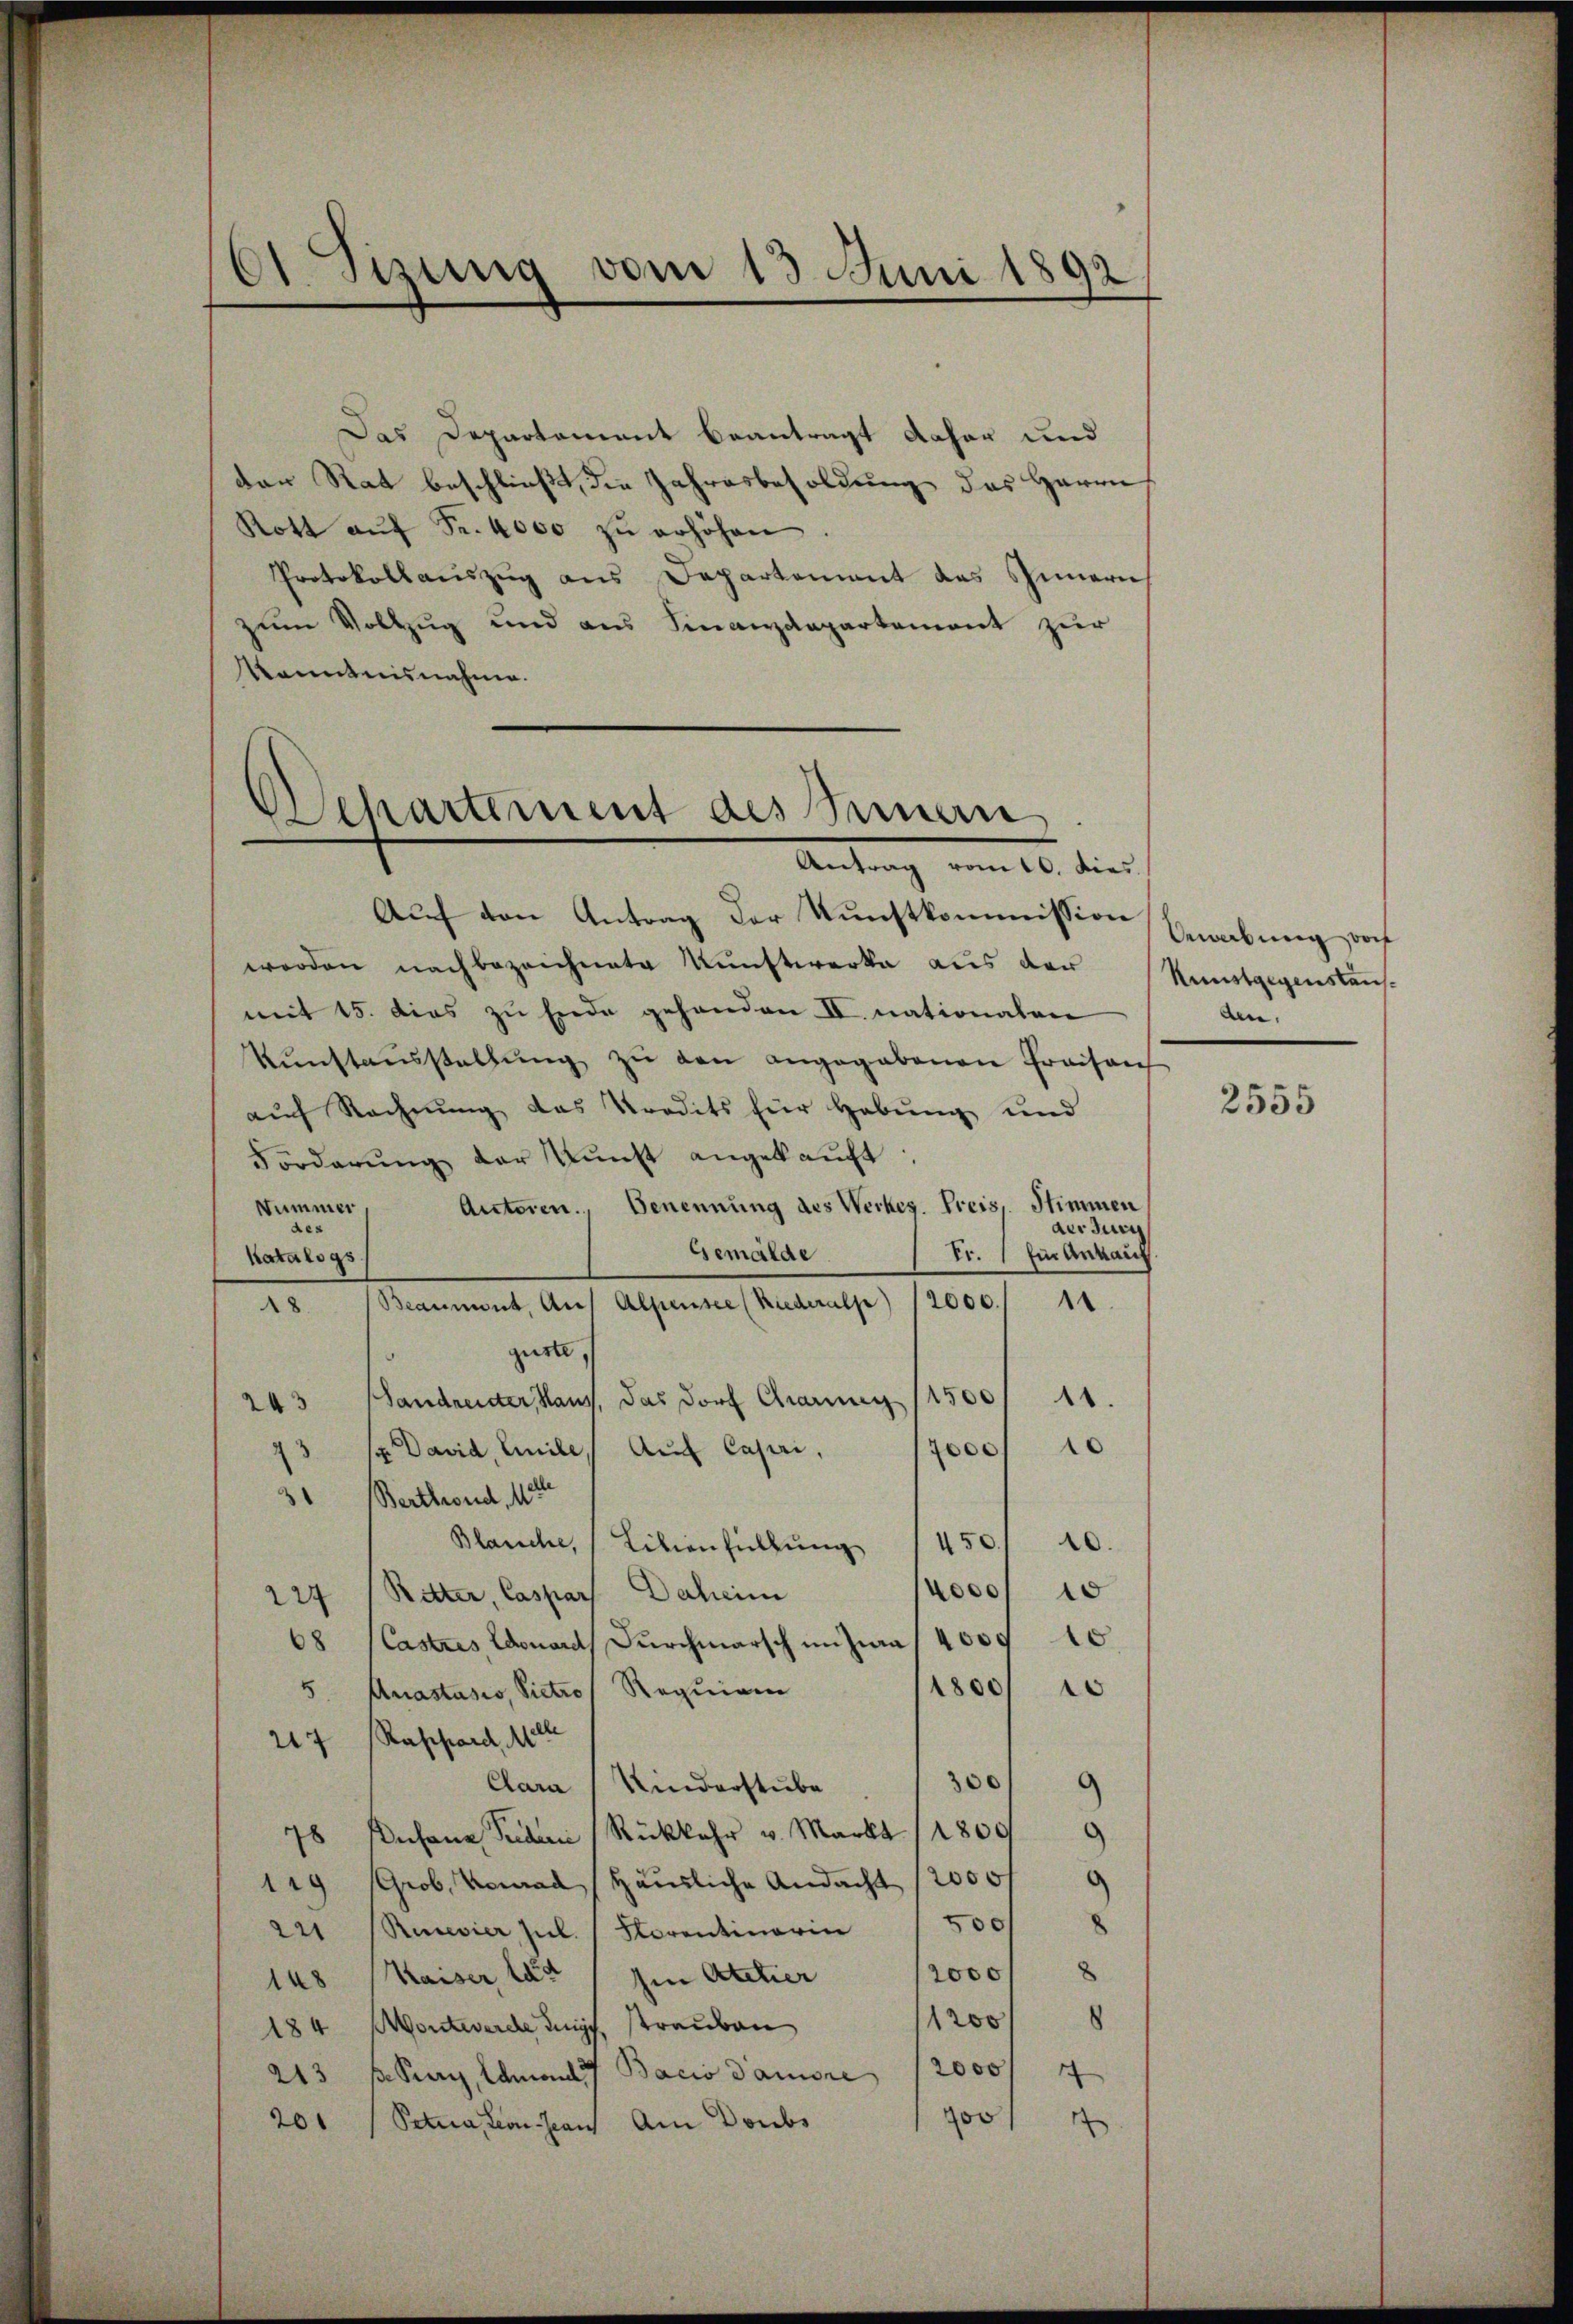
6 sizung vom 13. Juni 1892

Das Departament beantragt daher und
der Rat beschließt, die Jahresbesoldung des Herrn
Rott aŭf Fr. 4000 zŭ erhöhen.
Protokollauszug aus Departement des Innern
zum Vollzug und aus Finanzdepartement zur
Kenntnisnahme.

Departement des Innern
Antrag vom 10. dies

Auf den Antrag der Kunstkommission
worden nachbezeichnete Kunstwerke aus der
mit 15. dies zu Ende gehanden II. nationalen
Kŭnstaŭsstellŭng zŭ den angegebenen Fraisan
aŭf Rechnŭng das Predits für Hebŭng und
Forderŭng der Kunst angekaŭft.
Autoren. Benennung des Werkes. Preis, Stimmen
Nummer
der Juri
Gemälde
Fr. 1 fin Ankauf
Katalogs
18 Beaumont, Auf Alpensee (Riederalp) 12000. 11
gierte, s
243 Handreister Haus, das Dorf Gang (1500/11.
.
 st. David, Emile, Auf Capri,
7000
31 Berthend, 112
Blasiche, 1 Lilienfüllŭng 1450. 410.
4000
0
227 (Retter, Caspar Daheim
0
68 (Castres, Edouard Durchmarsch im Zwa 4009
1800/10
5 Anastasio, Victro Requiam
217 Raschord, 114
0
Clara Kinderstube
78 Dusana Puden (Rückkehr v. Markt /1809
119 (Grob. Vomad / Häusliche Andacht 12000
221 (Rievier Jul. / Noventinorie 500
2000
148 (Kaiser, las / Im Atelier
184 Wontwerde aus, Strauben
213 f. Puri, Amand Bacio amore 1200014
201 (Situationsans am Doubs

1200
700

9
9

Bewerbung doch
Kunstgegenstaus¬
Am.

2555